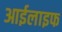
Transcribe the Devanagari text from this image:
आईलाइफ